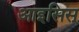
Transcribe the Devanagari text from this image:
आइसिस्